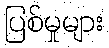
ပြစ်မှုများ